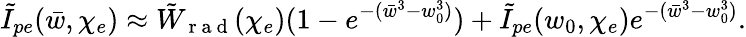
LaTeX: \tilde{I}_{pe}(\bar{w},\chi_{e})\approx\tilde{W}_{\mathrm{~r~a~d~}}(\chi_{e})(1-e^{-(\bar{w}^{3}-w_{0}^{3})})+\tilde{I}_{pe}(w_{0},\chi_{e})e^{-(\bar{w}^{3}-w_{0}^{3})}.